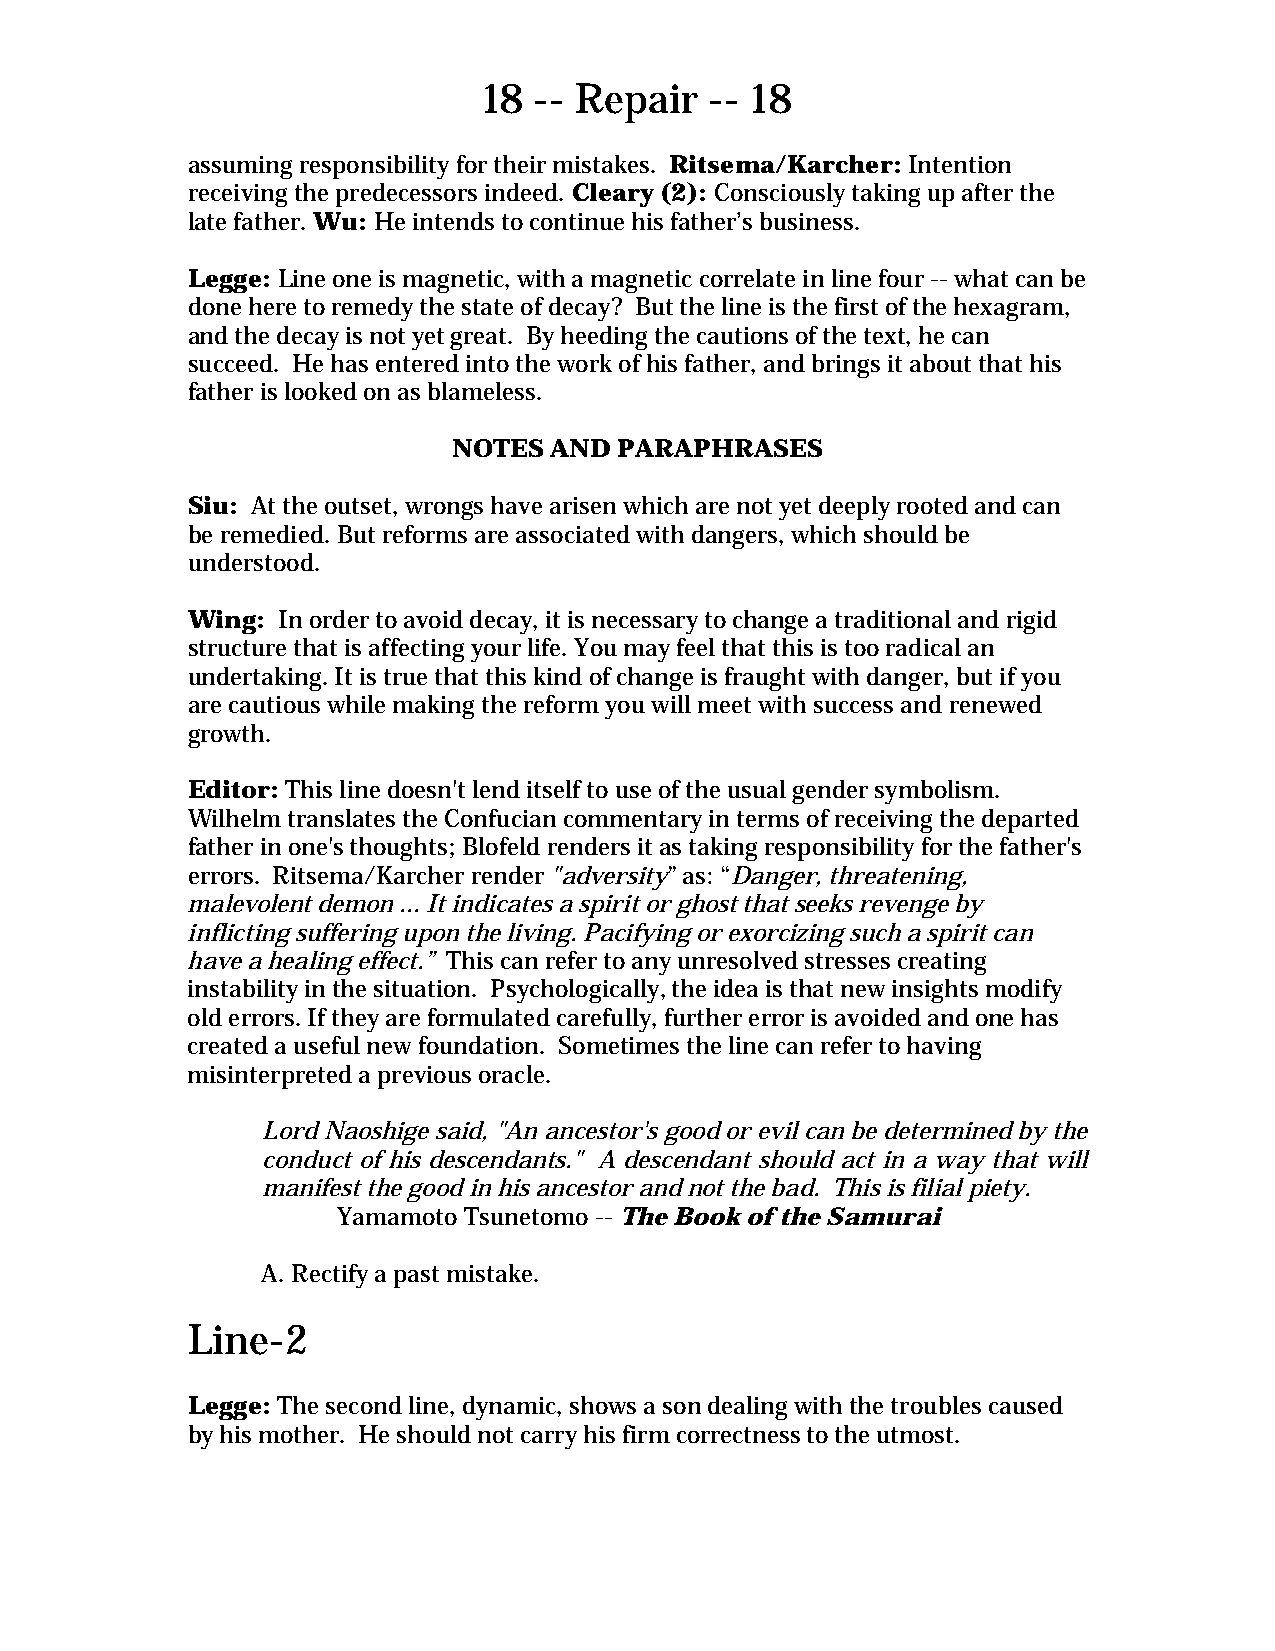
18 -- Repair   -- 18
 assuming responsibility for their mistakes. Ritsema/Karcher: Intention
 receiving the predecessors indeed. Cleary (2): Consciously taking up after the
 late father. Wu: He intends to continue his father’s business.
 Legge: Line one is magnetic, with a magnetic correlate in line four -- what can be
 done here to remedy the state of decay? But the line is the first of the hexagram,
 and the decay is not yet great. By heeding the cautions of the text, he can
 succeed. He has entered into the work of his father, and brings it about that his
 father is looked on as blameless.
 NOTES AND  PARAPHRASES
 Siu: At the outset, wrongs have arisen which are not yet deeply rooted and can
 be remedied. But reforms are associated with dangers, which should be
 understood.
 Wing: In order to avoid decay, it is necessary to change a traditional and rigid
 structure that is affecting your life. You may feel that this is too radical an
 undertaking. It is true that this kind of change is fraught with danger, but if you
 are cautious while making the reform you will meet with success and renewed
 growth.
 Editor: This line doesn't lend itself to use of the usual gender symbolism.
 Wilhelm translates the Confucian commentary in terms of receiving the departed
 father in one's thoughts; Blofeld renders it as taking responsibility for the father's
 errors. Ritsema/Karcher render "adversity” as: “Danger, threatening,
 malevolent demon ... It indicates a spirit or ghost that seeks revenge by
 inflicting suffering upon the living. Pacifying or exorcizing such a spirit can
 have a healing effect.” This can refer to any unresolved stresses creating
 instability in the situation. Psychologically, the idea is that new insights modify
 old errors. If they are formulated carefully, further error is avoided and one has
 created a useful new foundation. Sometimes the line can refer to having
 misinterpreted a previous oracle.
 Lord Naoshige said, "An ancestor's good or evil can be determined by the
 conduct of his descendants." A descendant should act in a way that will
 manifest the good in his ancestor and not the bad. This is filial piety.
 Yamamoto Tsunetomo -- The Book of the Samurai
 A. Rectify a past mistake.
 Line-2
 Legge: The second line, dynamic, shows a son dealing with the troubles caused
 by his mother. He should not carry his firm correctness to the utmost.